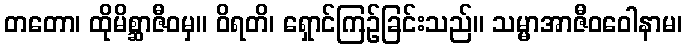
တတော၊ ထိုမိစ္ဆာဇီဝမှ။ ဝိရတိ၊ ရှောင်ကြဉ်ခြင်းသည်။ သမ္မာအာဇီဝဝေါနာမ၊